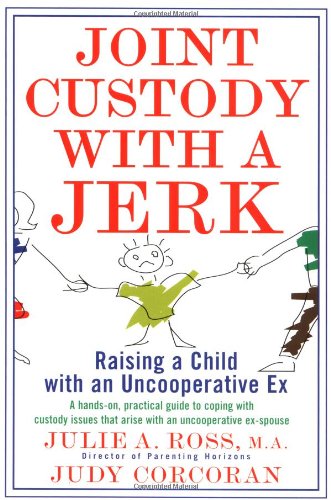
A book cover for Joint Custody with a Jerk: Raising a Child with an Uncooperative Ex; Julie A. Ross; Parenting & Relationships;